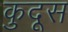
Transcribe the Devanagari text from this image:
कुदूस